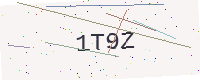
Text: 1T9Z